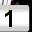
Digit: 1